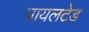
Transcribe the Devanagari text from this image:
पायलटेड